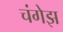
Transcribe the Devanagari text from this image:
चंगेझ